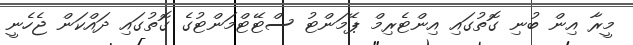
މީރާ އިން ބުނި ގޮތުގައި އިންޓެރިމް ޕޭމަންޓު ސްޓޭޓްމަންޓުގެ ގޮތުގައި ދައްކަން ޖެހެނީ